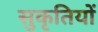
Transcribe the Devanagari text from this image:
सुकृतियों